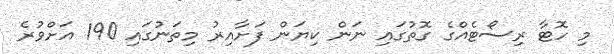
މި ހޮޓާ ރިސޯޓެއްގެ ގޮތުގައި ނަން ކިޔަން ފަށާއިރު މިތަނުގައި 190 އަށްވުރެ